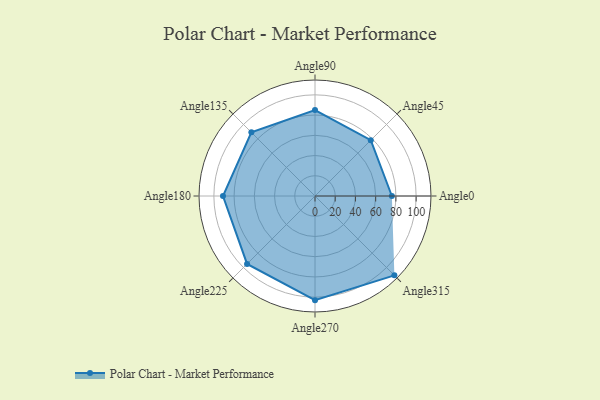
{"axis": {"x": "Angle", "y": "Radius"}, "legend": [""], "data": [{"x": "Angle0", "y": 76.0, "type": ""}, {"x": "Angle45", "y": 78.0, "type": ""}, {"x": "Angle90", "y": 85.0, "type": ""}, {"x": "Angle135", "y": 89.0, "type": ""}, {"x": "Angle180", "y": 91.0, "type": ""}, {"x": "Angle225", "y": 95.0, "type": ""}, {"x": "Angle270", "y": 103.0, "type": ""}, {"x": "Angle315", "y": 111.0, "type": ""}]}